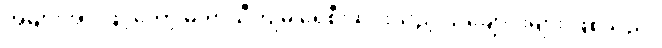
အများအားဖြင့်တော့ မိုးရာသီကျမှ ရေစီးဆင်းသည့် သဲချောင်းများ ဖြစ်သည်။